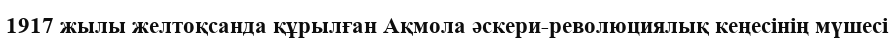
1917 жылы желтоқсанда құрылған Ақмола әскери-революциялық кеңесінің мүшесі